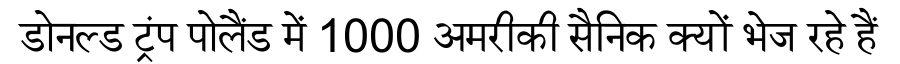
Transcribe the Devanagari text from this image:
डोनल्ड ट्रंप पोलैंड में 1000 अमरीकी सैनिक क्यों भेज रहे हैं